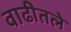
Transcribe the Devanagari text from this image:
वाढीतले